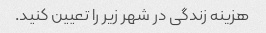
هزینه زندگی در شهر زیر را تعیین کنید.